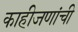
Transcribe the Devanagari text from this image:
काहीजणांची